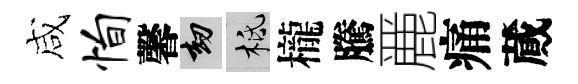
咸恂馨劫柢櫳騰䴡痛蕆